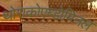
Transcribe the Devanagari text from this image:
थोराकोएब्डोमिनल